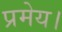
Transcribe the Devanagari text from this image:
प्रमेय।